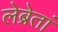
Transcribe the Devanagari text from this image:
लेब्रेतां